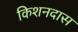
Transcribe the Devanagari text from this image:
किशनदास